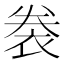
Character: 𧙯